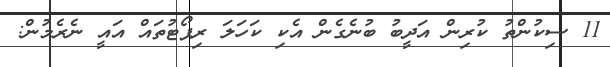
11 ސިކުންތު ކުރިން އަދީބު ބުނެގެން އެކި ކަހަލަ ރިޕޯޓުތައް އައީ ނެރެމުން: